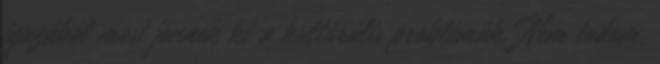
igazából most jönnek ki a kultúrális problémák. Nem tudom,